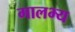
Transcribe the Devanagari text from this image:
गालभ्य